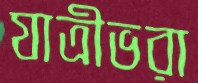
যাত্রীভরা